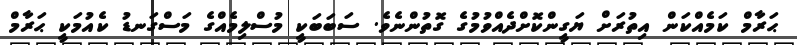
ޙަރާމް ކަމެއްކަން އިތުރަށް ޔަގީންކޮށްދެއްވުމުގެ ގޮތުންނެވެ. ސަބަބަކީ މުސްލިމެއްގެ މަސްގަނޑު ކެއުމަކީ ޙަރާމް